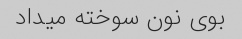
بوی نون سوخته میداد